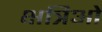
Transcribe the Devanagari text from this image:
क्षत्रिओं